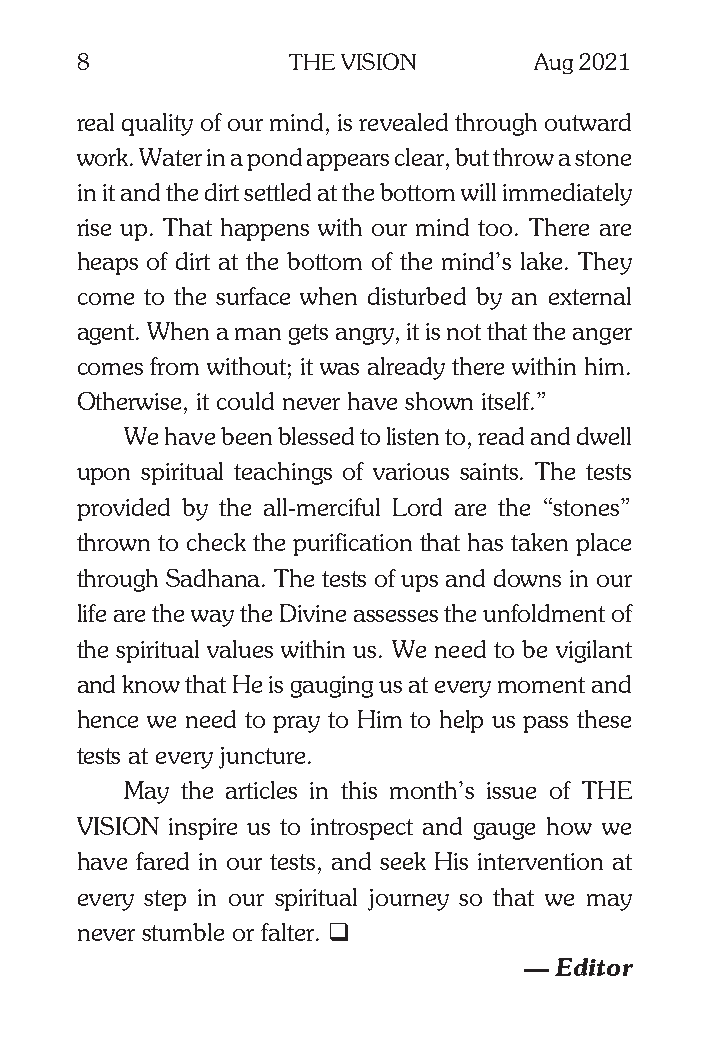
8             THE VISION      Aug 2021
 real quality of our mind, is revealed through outward
 work. Water in a pond appears clear, but throw a stone
 in it and the dirt settled at the bottom will immediately
 rise up. That happens with our mind too. There are
 heaps of dirt at the bottom of the mind’s lake. They
 come to the surface when disturbed by an external
 agent. When a man gets angry, it is not that the anger
 comes from without; it was already there within him.
 Otherwise, it could never have shown itself.”
 We have been blessed to listen to, read and dwell
 upon spiritual teachings of various saints. The tests
 provided by the all-merciful Lord are the “stones”
 thrown to check the purification that has taken place
 through Sadhana. The tests of ups and downs in our
 life are the way the Divine assesses the unfoldment of
 the spiritual values within us. We need to be vigilant
 and know that He is gauging us at every moment and
 hence we need to pray to Him to help us pass these
 tests at every juncture.
 May the articles in this month’s issue of THE
 VISION inspire us to introspect and gauge how we
 have fared in our tests, and seek His intervention at
 every step in our spiritual journey so that we may
 never stumble or falter. q
 — Editor